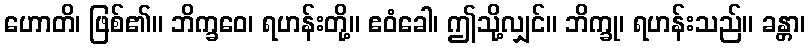
ဟောတိ၊ ဖြစ်၏။ ဘိက္ခဝေ၊ ရဟန်းတို့။ ဧဝံခေါ၊ ဤသို့လျှင်။ ဘိက္ခု၊ ရဟန်းသည်။ ခန္တာ၊